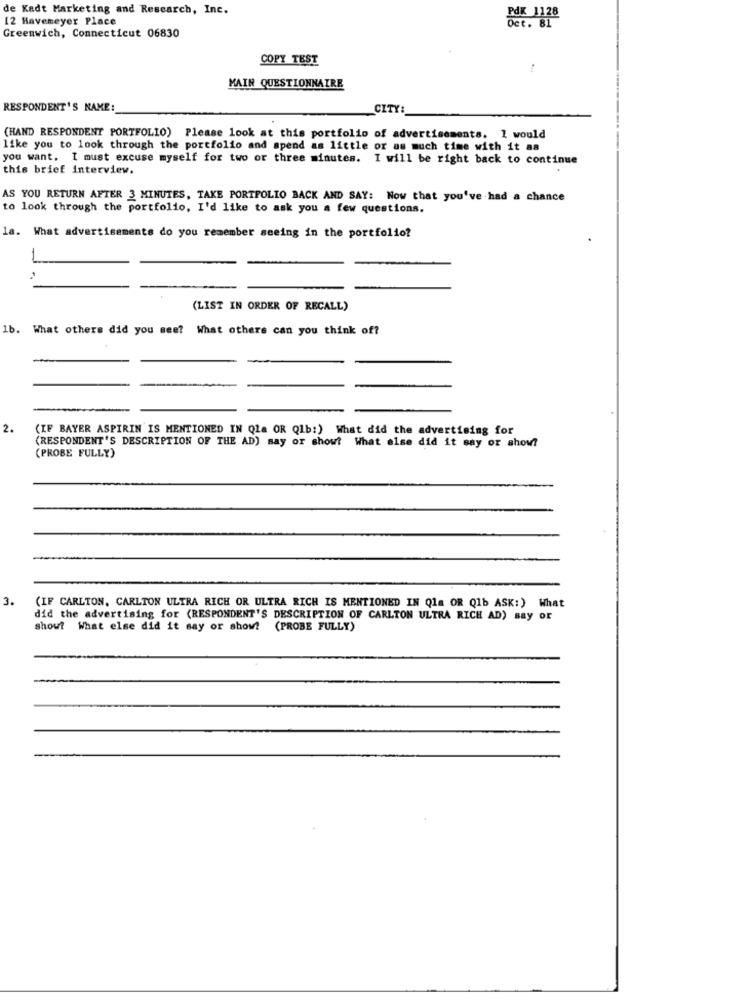
de Kadt Marketing and Research, Inc.
12 Havemeyer Place
1128
Greenwich, Connecticut 06830
COPY TEST
MAIN QUESTIONNAIRE
RESPONDENT'S NAME:
CITY:
(HAND RESPONDENT PORTFOLIO) Please look at this portfolio of advertisements. 1 would
like you to look through the portfolio and spend as little or as much time with it as
you want. I must excuse myself for two or three minutes. I will be right back to continue
this brief interview.
AS YOU RETURN AFTER 3 MINUTES, TAKE PORTFOLIO BACK AND SAY: Now that you've had a chance
to look through the portfolio, I'd like to ask you a few questions.
la. What advertisements do you remember seeing in the portfolio?
(LIST IN ORDER OF RECALL)
1b. What others did you see? What others can you think of?
2.
(IF BAYER ASPIRIN IS MENTIONED IN Qla OR Qlb:) What did the advertising for
(RESPONDENT'S DESCRIPTION OF THE AD) say or showt What else did it say or show?
(PROBE FULLY)
3.
(IF CARLTON, CARLTON ULTRA RICH OR ULTRA RICH IS MENTIONED IN Qla OR Qlb ASK:) What
did the advertising for (RESPONDENT'S DESCRIPTION OF CARLTON ULTRA RICH AD) say or
show? What else did it say or show? (PROBE FULLY)